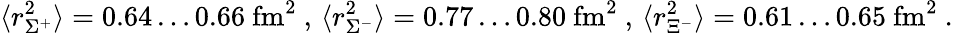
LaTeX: \langle r_{\Sigma^{+}}^{2}\rangle=0.64\ldots 0.66~\mathrm{fm}^{2}~,\, \langle r_{\Sigma^{-}}^{2}\rangle=0.77\ldots 0.80~\mathrm{fm}^{2}~,\, \langle r_{\Xi^{-}}^{2}\rangle=0.61\ldots 0.65~\mathrm{fm}^{2}~.